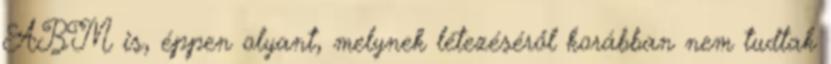
ABM is, éppen olyant, melynek létezéséről korábban nem tudtak